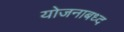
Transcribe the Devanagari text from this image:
योजनाबध्द